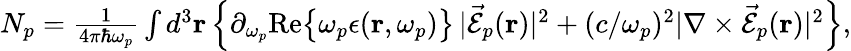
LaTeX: \begin{array}{r}{N_{p}=\frac{1}{4\pi\hbar\omega_{p}}\int d^{3}{\mathbf r}\left\{ \partial_{\omega_{p}}\mathrm{Re}\big\{ \omega_{p}\epsilon({\mathbf r},\omega_{p})\big\} \, |\vec{\mathcal{E}}_{p}({\mathbf r})|^{2}+(c/\omega_{p})^{2}|\nabla\times\vec{\mathcal{E}}_{p}({\mathbf r})|^{2}\right\} ,}\end{array}